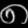
Digit: ၈